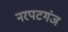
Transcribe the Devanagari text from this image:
नरपटगंज